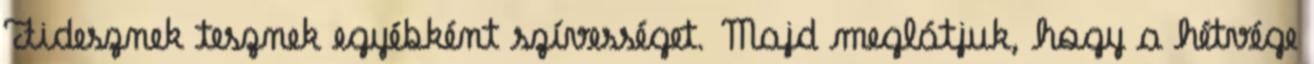
Fidesznek tesznek egyébként szívességet. Majd meglátjuk, hogy a hétvége